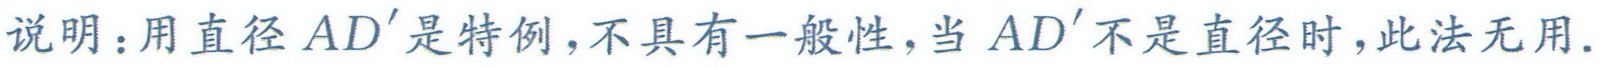
说明：用直径 \(AD'\)是特例，不具有一般性，当 \(AD'\)不是直径时，此法无用.